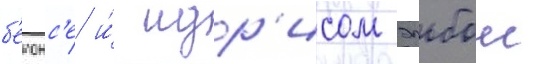
б'еионс'е и́ идр'исом эльбои